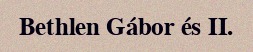
Bethlen Gábor és II.